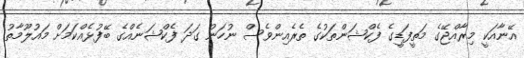
އޭނާއަކީ މިރާއްޖޭގެ މަތީފަޑީގެ ފެކްޝަންތަކުގެ ތެރެއިންވެސް ނުހަނު ގަދަ ފެކްޝަނެއްގެ ބޭފުޅެއްކަމަށް މައުލޫމާތު